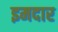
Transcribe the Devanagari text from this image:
इमदार